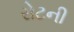
રોટની